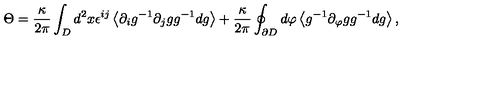
\Theta = \frac { \kappa } { 2 \pi } \int _ { D } d ^ { 2 } x \epsilon ^ { i j } \left< \partial _ { i } g ^ { - 1 } \partial _ { j } g g ^ { - 1 } d g \right> + \frac { \kappa } { 2 \pi } \oint _ { \partial { D } } d \varphi \left< g ^ { - 1 } \partial _ { \varphi } g g ^ { - 1 } d g \right> ,